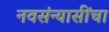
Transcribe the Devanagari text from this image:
नवसंन्यासींचा